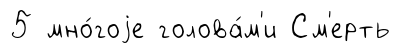
5 мно́гоjе голова́м'и См'ерть